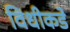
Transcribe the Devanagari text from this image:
विधीकडे